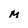
Character: M